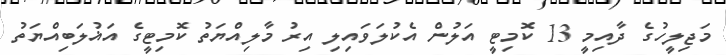
މަޖިލީހުގެ ދާއިމީ 13 ކޮމިޓީ އަލުން އެކުލަވައިލި އިރު މާލިއްޔަތު ކޮމިޓީގެ އަޣުލަބިއްޔަތު